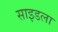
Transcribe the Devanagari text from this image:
साइडला